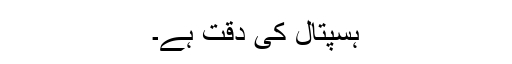
ہسپتال کی دقت ہے۔